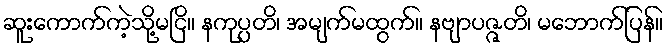
ဆူးကောက်ကဲ့သို့မငြိ။ နကုပ္ပတိ၊ အမျက်မထွက်။ နဗျာပဇ္ဇတိ၊ မဘောက်ပြန်။